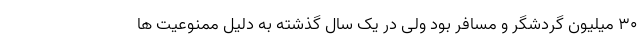
۳۰ میلیون گردشگر و مسافر بود ولی در یک سال گذشته به دلیل ممنوعیت ها